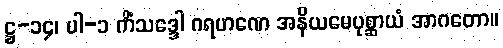
ဋ္ဌ-၁၄၊ ပါ-၁ ကိံသဒ္ဒေါ ဂရဟဏေ အနိယမေပုစ္ဆာယံ အာဂတော။